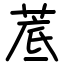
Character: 菧